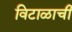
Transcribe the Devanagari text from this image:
विटाळाची